Plague in India, 1896, 1897 - Volume 2
Year: 1896
Disease focus: Plague
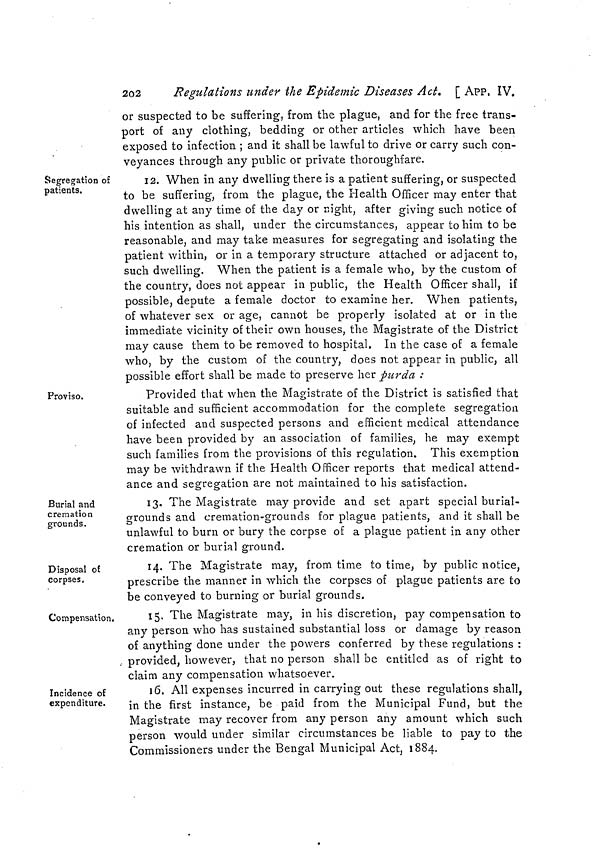
245
APP. IX, ]
spread of infection by sea.
No. 49. Notification of the Government of India, in the Home Department, No. 28, dated
the 14th January 1897.
Rules at
Rangoon against
Karachi.
The following rules for quarantine against plague which have been
made by the Chief Commissioner of Burma in exercise of the power
conferred by section 1, Act 1 of 1870, with the previous sanction of
the Governor General in Council, are published for general inform-
ation.
The rules have effect from the Ist January 1897 as a temporary
measure at the port of Rangoon :—
I.—The commander of every vessel, including junks or other
native craft, arriving from Karachi, shall, on arrival at
the pilot brig, hoist a yellow flag and indicate by signal
the port from which she has come.
II.—Such commander shall not, except as hereinafter provided,
allow any communication either with the shore or with
any other vessel or boat except with the boat supplying
a pilot from the pilot brig, and in that case communi-
cation shall be limited to receiving on board the pilot,
his servant, if any, and baggage.
III.—The pilot shall not take such vessel higher than Elephant
Point, but shall anchor it there until the Health Officer
of the Port has visited it and ascertained by inquiry
from the commander whether any person on board is
suffering, or has during the voyage suffered, from
plague. If the Health Officer is satisfied by such
enquiry that no person on board is suffering, or during
the voyage has suffered, from plague, the Health Officer
may, by writing under his hand to be delivered to the
commander, permit such vessel to haul down the yellow
flag and proceed upwards in the port and hold free
communication with the shore and with vessels and
boats in port. Provided that, if the vessel has under-
gone since leaving Karachi a quarantine, which is pro-
perly proved, for not less than eight days at Colombo,
or some other British port, the Health Officer shall
grant such permission as aforesaid.
If the vessel has not undergone eight days' quarantine at Colombo
or some other British port since leaving Karachi, the Health Officer
may direct the commander to take the vessel to the quaran-
tine anchorage and there to remain for a period of eight days from
the date of arrival in the harbour. In such case the Health Officer
shall also direct the commander to prohibit, during the period for
which the vessel remains at the quarantine anchorage as aforesaid,